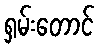
ရှမ်းတောင်